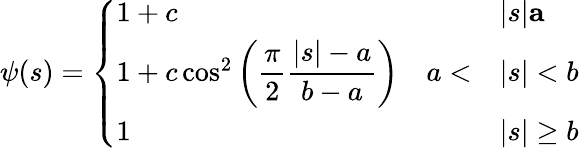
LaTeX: \psi(s)=\left\{ \begin{array}{ll}{1+c\quad}&{|s|\le a}\\ {1+c\cos^{2}\left(\displaystyle{\frac{\pi}{2}\frac{|s|-a}{b-a}}\right)\quad a<}&{|s|<b}\\ {1\quad}&{|s|\geq b}\end{array}\right.